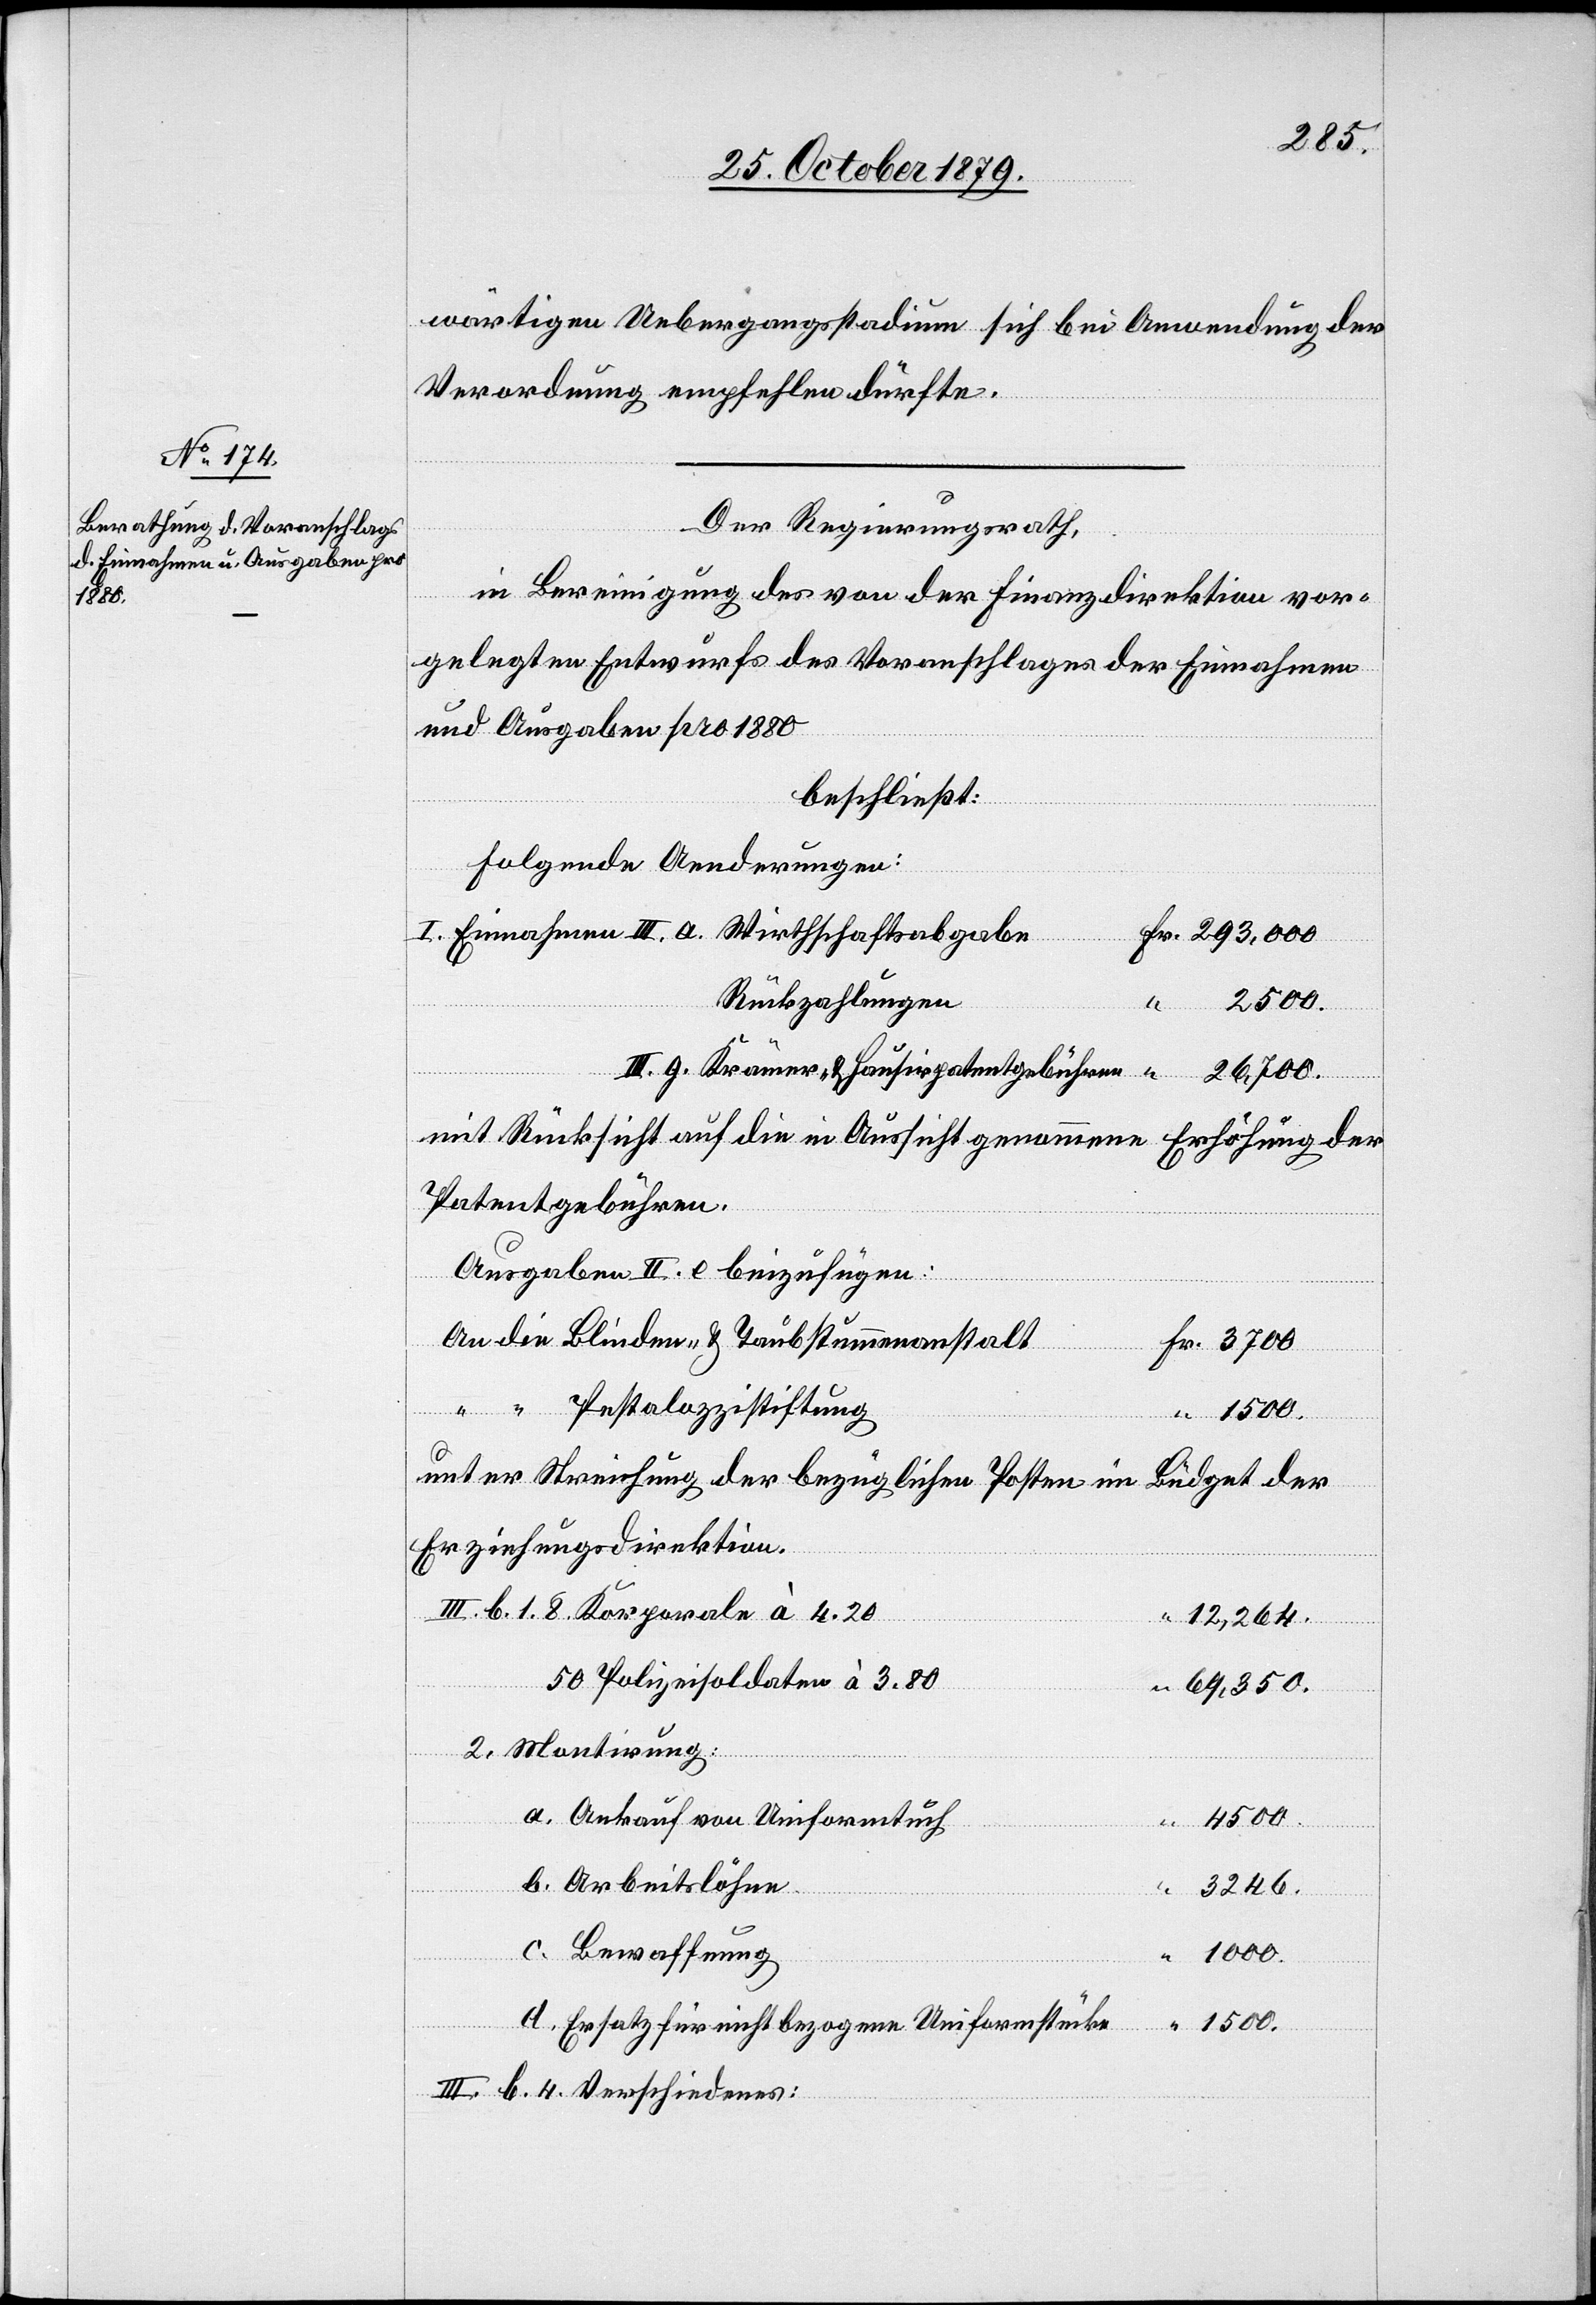
Vers¬

3700
wärtigen Uebergangsstadium sich bei Anwendung der
Verordnung empfehlen dürfte.
Der Regierungsrath,
in Bereinigung des von der Finanzdirektion vor¬
gelegten Entwurfs des Voranschlages der Einnahmen
und Ausgaben pro 1880
beschließt:
Folgende Änderungen:
Rückzahlungen
1000.
bstummen¬
mit Rücksicht auf die in Aussicht genommene Erhöhung der
Patentgebühren.
rale
Ausgaben II. e beizufügen:
Hausir¬
Pestalozzistiftung
Unter Streichung der bezüglichen Posten im Budget der
Erziehungsdirektion.
4.
12,264.
Polizeisoldaten à 3.80
69,350.
2. Montirung:
Ankauf von Uniformtuch
1500.
chiedenes:
Arbeitslöhne
“
3246.
Ersatz für nicht bezogene Uniformstücke